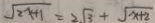
\sqrt { 2 x + 1 } = 2 \sqrt { 3 } + \sqrt { x + 2 }